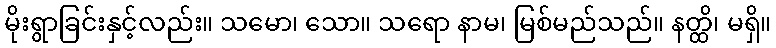
မိုးရွာခြင်းနှင့်လည်း။ သမော၊ သော။ သရော နာမ၊ မြစ်မည်သည်။ နတ္ထိ၊ မရှိ။